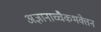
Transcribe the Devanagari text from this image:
अज्ञानाच्चैकभक्तेन